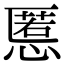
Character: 慝